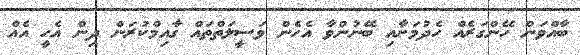
ބާއްވަން ހޭންގަރެއް ހެދުމަށާއި ބޭނުންވާ އެހެން ވަސީލަތްތައް ގާއިމްކުރަން ދިން އެހީ އެއް